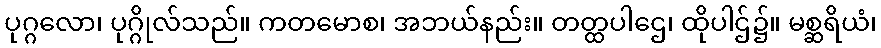
ပုဂ္ဂလော၊ ပုဂ္ဂိုလ်သည်။ ကတမောစ၊ အဘယ်နည်း။ တတ္ထပါဌေ၊ ထိုပါဌ်၌။ မစ္ဆရိယံ၊